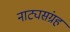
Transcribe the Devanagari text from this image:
नाट्यसंग्रह